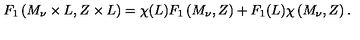
F _ { 1 } \left( M _ { \nu } \times L , Z \times L \right) = \chi ( L ) F _ { 1 } \left( M _ { \nu } , Z \right) + F _ { 1 } ( L ) \chi \left( M _ { \nu } , Z \right) .